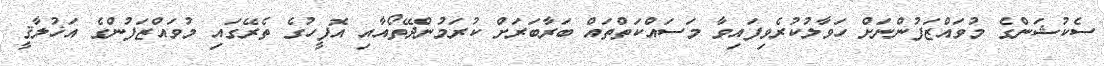
ސެކުޝަންގެ މުވައްޒަފުންނަށް ހަވާލުކުރެވިފައިވާ މަސައްކަތްތައް ބަރާބަރަށް ކުރަމުންދޭތޯއާއި އޮފީހުގެ ތެރޭގައި މުވައްޒަފުންގެ އަޚުލާޤީ